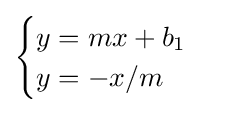
{\begin{cases}y=mx+b_{1}\\y=-x/m\end{cases}}